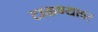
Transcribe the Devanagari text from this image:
टाकण्यावर